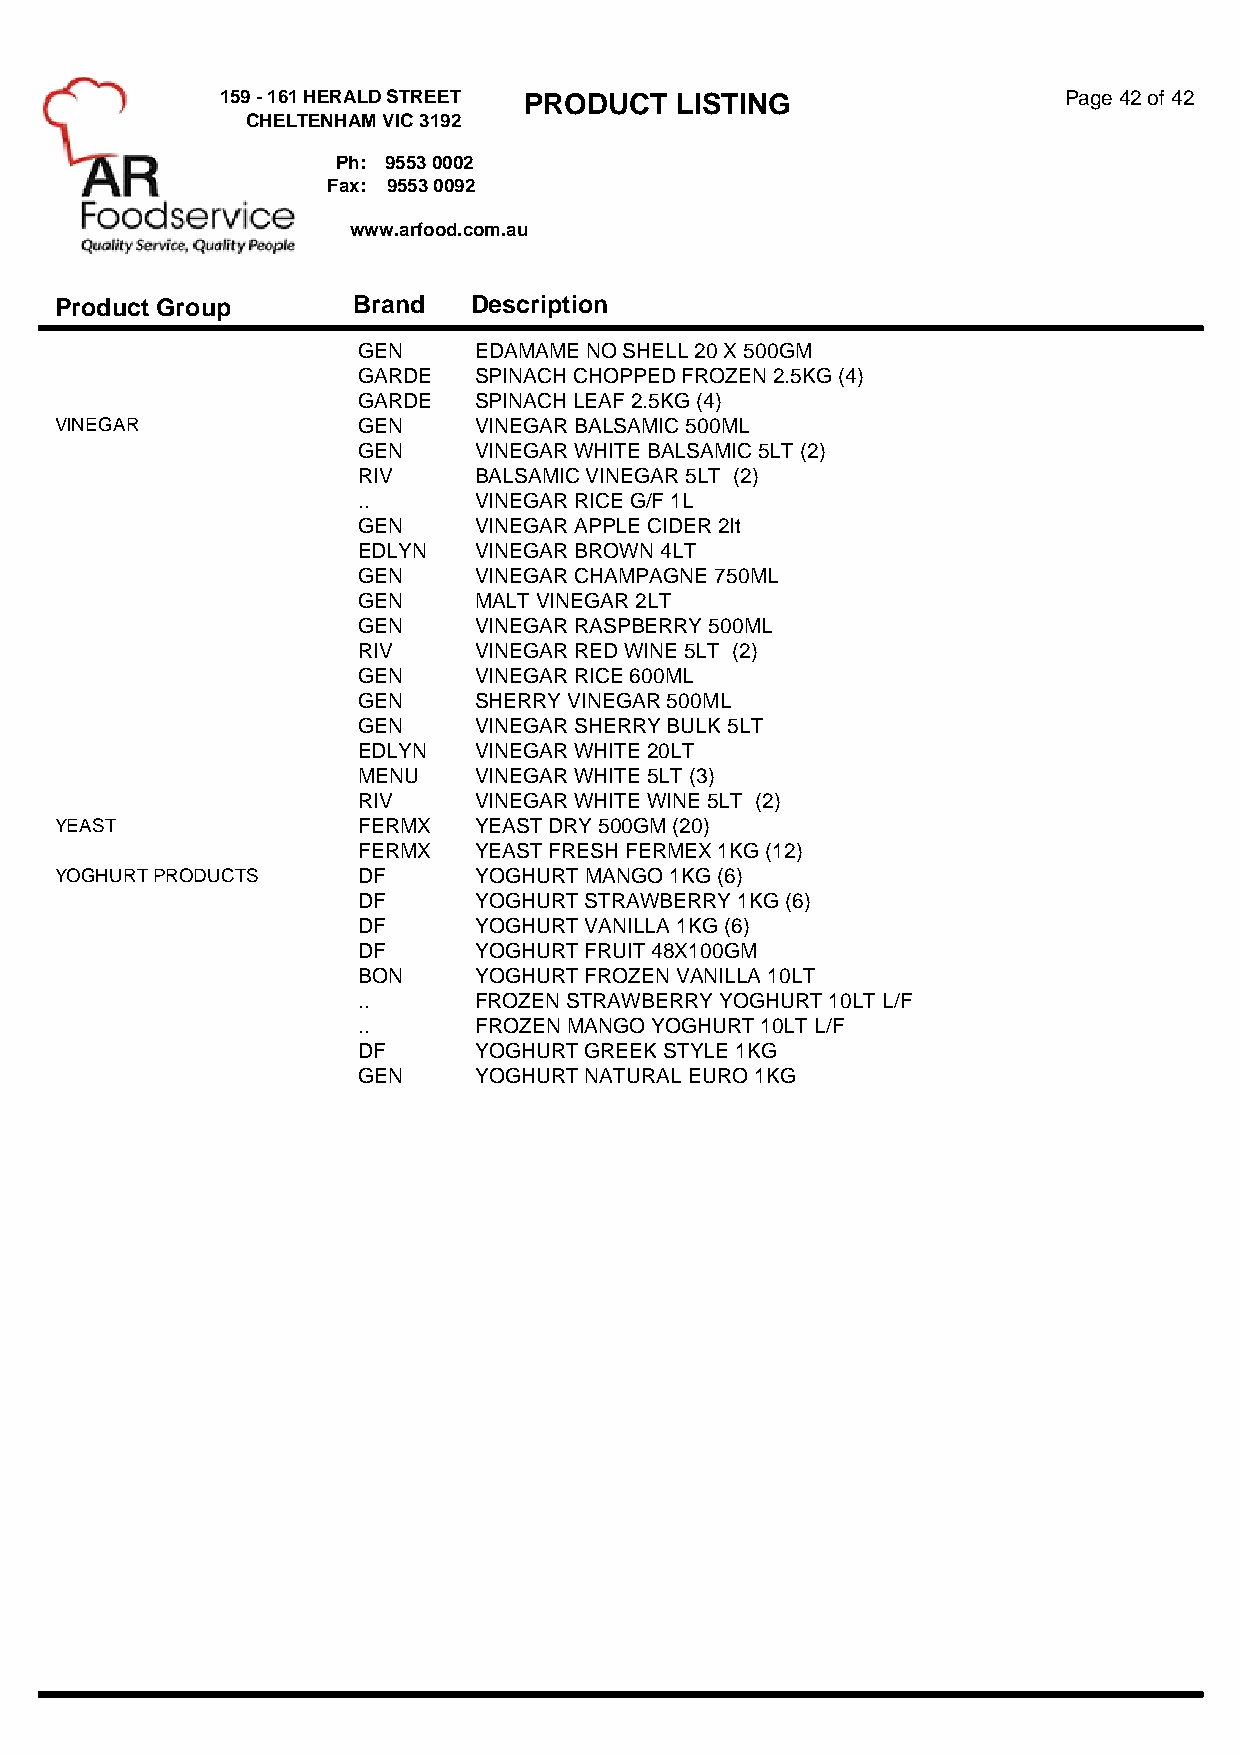
159 - 161 HERALD STREET PRODUCT LISTING                Page 42 of 42
 CHELTENHAM VIC 3192
 Ph: 9553 0002
 Fax: 9553 0092
 www.arfood.com.au
 Product Group      Brand   Description
 GEN    EDAMAME NO SHELL 20 X 500GM
 GARDE  SPINACH CHOPPED FROZEN 2.5KG (4)
 GARDE  SPINACH LEAF 2.5KG (4)
 VINEGAR             GEN    VINEGAR BALSAMIC 500ML
 GEN    VINEGAR WHITE BALSAMIC 5LT (2)
 RIV    BALSAMIC VINEGAR 5LT (2)
 ..     VINEGAR RICE G/F 1L
 GEN    VINEGAR APPLE CIDER 2lt
 EDLYN  VINEGAR BROWN 4LT
 GEN    VINEGAR CHAMPAGNE 750ML
 GEN    MALT VINEGAR 2LT
 GEN    VINEGAR RASPBERRY 500ML
 RIV    VINEGAR RED WINE 5LT (2)
 GEN    VINEGAR RICE 600ML
 GEN    SHERRY VINEGAR 500ML
 GEN    VINEGAR SHERRY BULK 5LT
 EDLYN  VINEGAR WHITE 20LT
 MENU   VINEGAR WHITE 5LT (3)
 RIV    VINEGAR WHITE WINE 5LT (2)
 YEAST               FERMX  YEAST DRY 500GM (20)
 FERMX  YEAST FRESH FERMEX 1KG (12)
 YOGHURT PRODUCTS    DF     YOGHURT MANGO 1KG (6)
 DF     YOGHURT STRAWBERRY 1KG (6)
 DF     YOGHURT VANILLA 1KG (6)
 DF     YOGHURT FRUIT 48X100GM
 BON    YOGHURT FROZEN VANILLA 10LT
 ..     FROZEN STRAWBERRY YOGHURT 10LT L/F
 ..     FROZEN MANGO YOGHURT 10LT L/F
 DF     YOGHURT GREEK STYLE 1KG
 GEN    YOGHURT NATURAL EURO 1KG